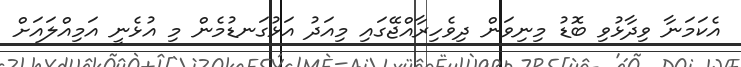
އެކަމަނާ ވިދާޅުވި ބޮޑު މިނިވަން ދިވެހިރާއްޖޭގައި މިއަދު އަޅުގަނޑުމެން މި އުޅެނީ އަމިއްލައަށް